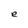
Character: e